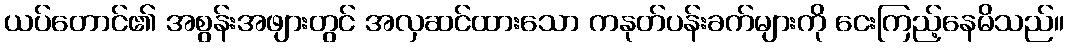
ယပ်တောင်၏ အစွန်းအဖျားတွင် အလှဆင်ထားသော ကနုတ်ပန်းခက်များကို ငေးကြည့်နေမိသည်။